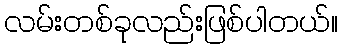
လမ်းတစ်ခုလည်းဖြစ်ပါတယ်။